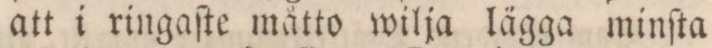
att i ringaſte måtto wilja lägga minſta